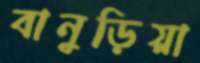
বানুড়িয়া